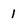
Character: 1